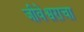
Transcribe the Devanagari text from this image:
जीवेश्वराचा